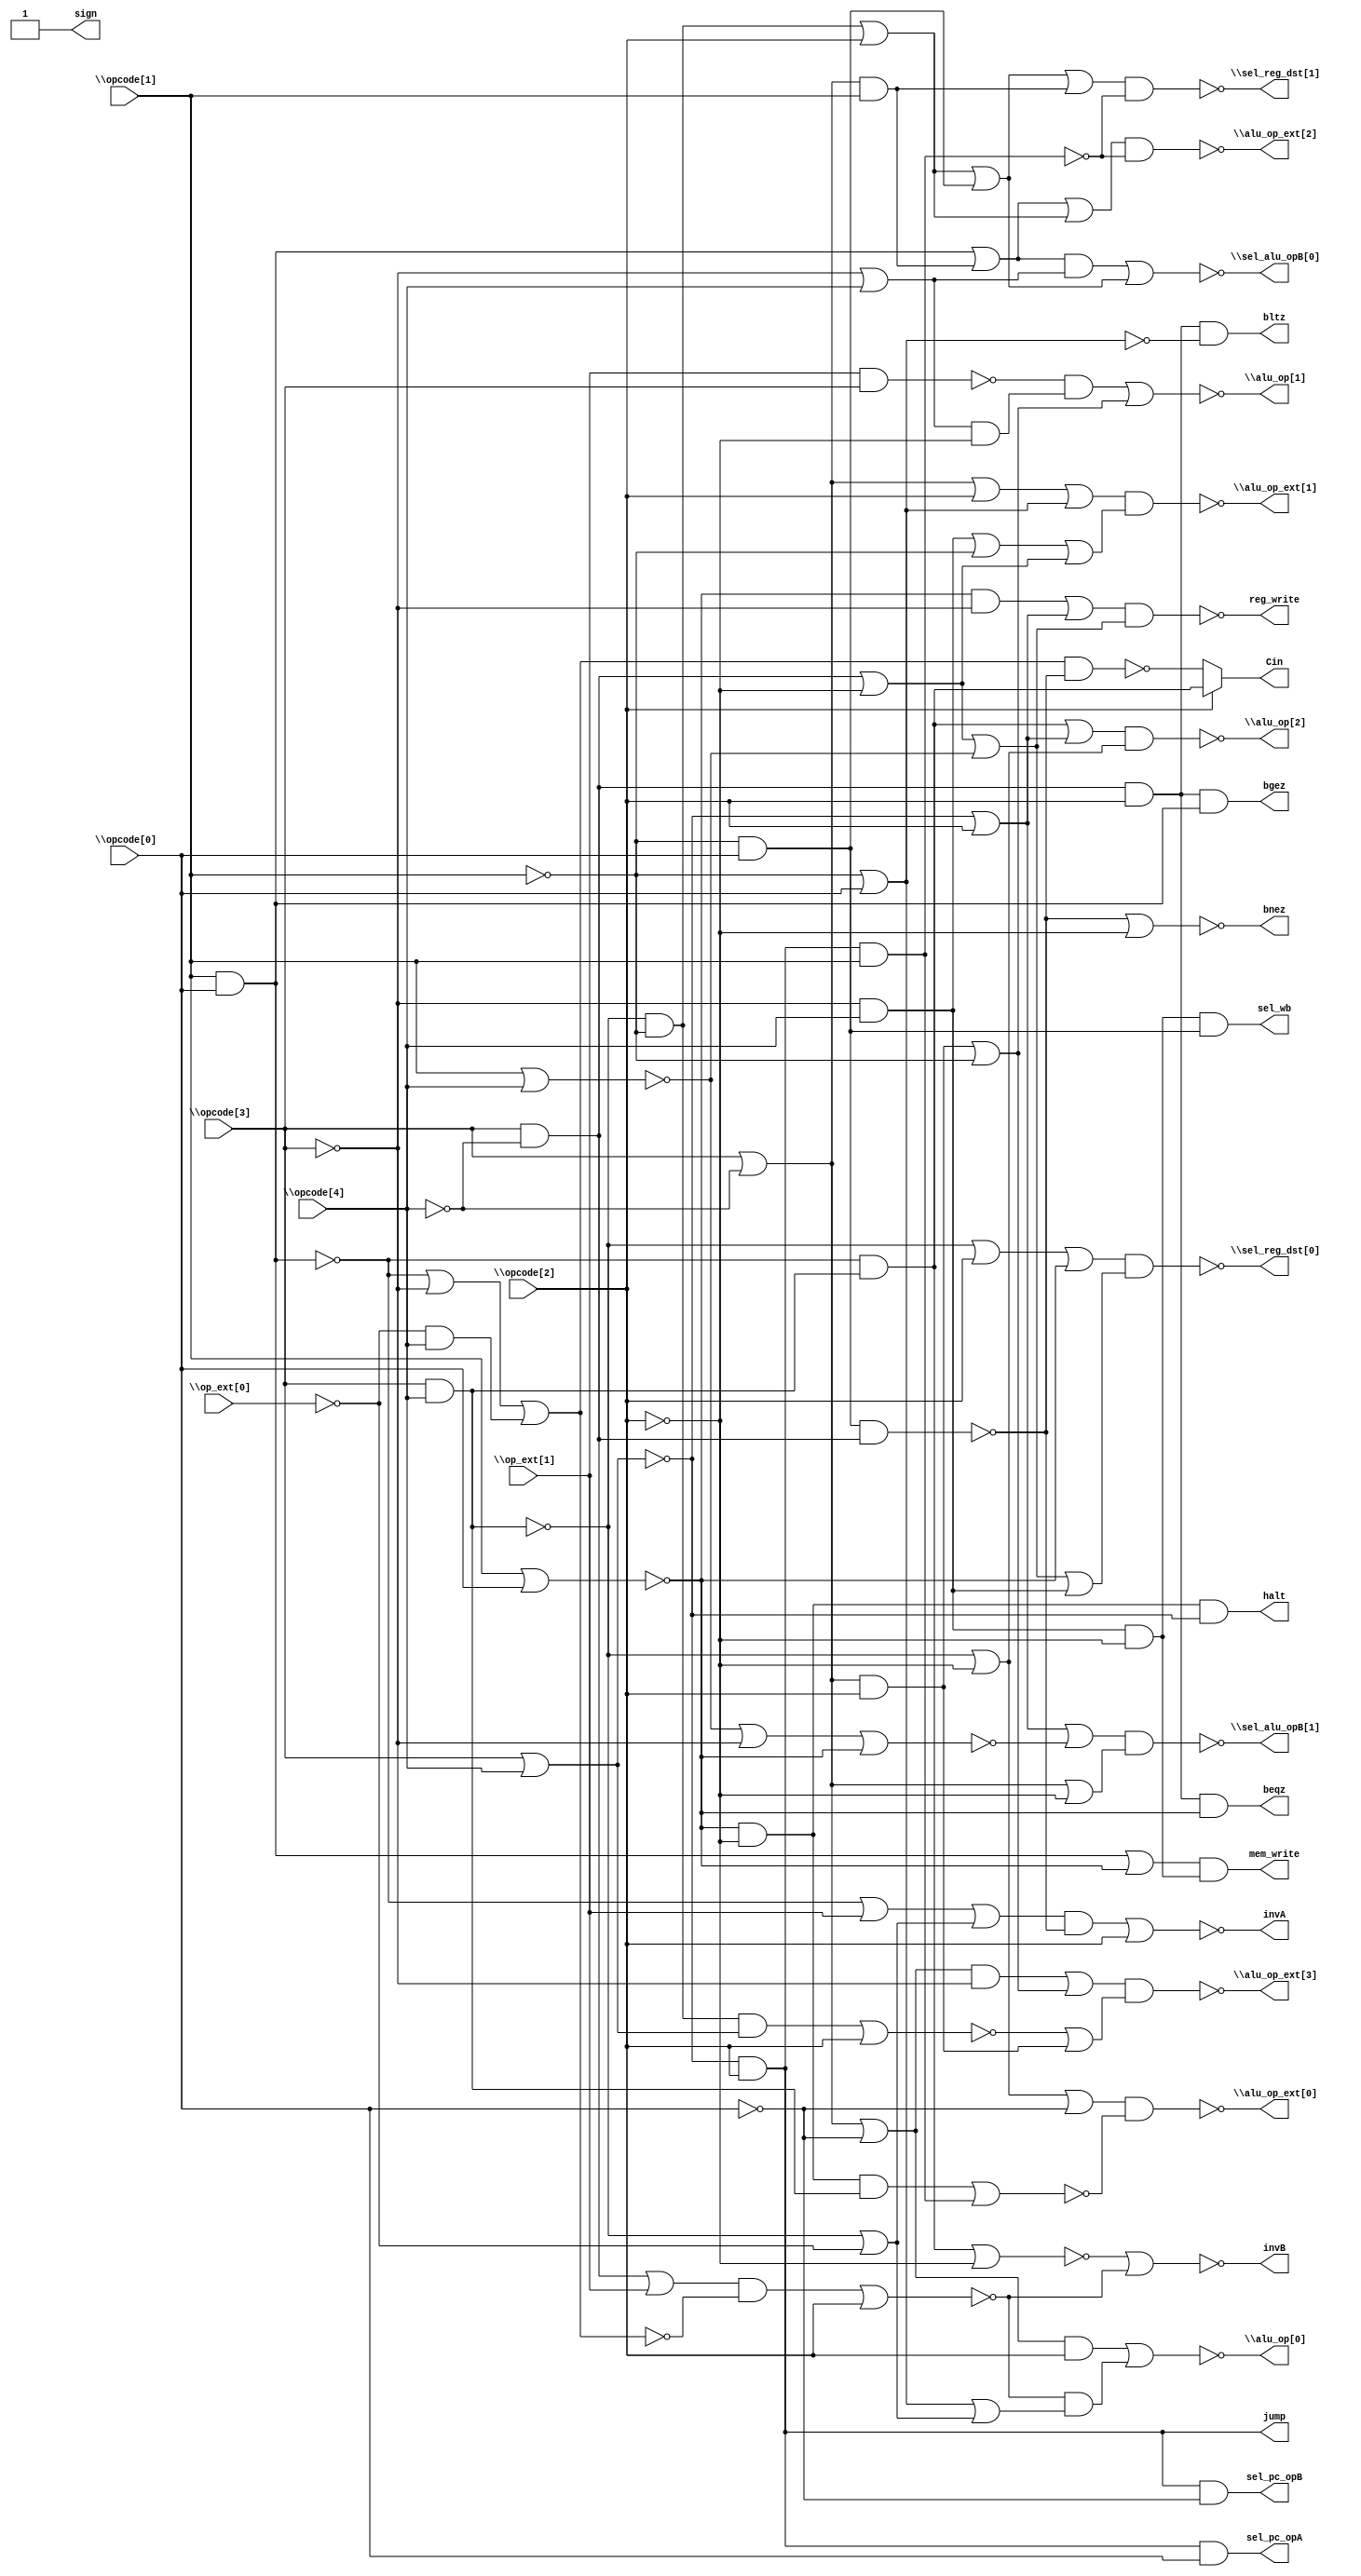
/* Generated by Yosys 0.7 (git sha1 61f6811, gcc 5.4.0-6ubuntu1~16.04.4 -O2 -fstack-protector-strong -fPIC -Os) */

(* top =  1  *)
(* src = "input/ctrl.v:1" *)
module top(\opcode[0] , \opcode[1] , \opcode[2] , \opcode[3] , \opcode[4] , \op_ext[0] , \op_ext[1] , \sel_reg_dst[0] , \sel_reg_dst[1] , \sel_alu_opB[0] , \sel_alu_opB[1] , \alu_op[0] , \alu_op[1] , \alu_op[2] , \alu_op_ext[0] , \alu_op_ext[1] , \alu_op_ext[2] , \alu_op_ext[3] , halt, reg_write, sel_pc_opA, sel_pc_opB, beqz, bnez, bgez, bltz, jump, Cin, invA, invB, sign, mem_write, sel_wb);
  wire _000_;
  wire _001_;
  wire _002_;
  wire _003_;
  wire _004_;
  wire _005_;
  wire _006_;
  wire _007_;
  wire _008_;
  wire _009_;
  wire _010_;
  wire _011_;
  wire _012_;
  wire _013_;
  wire _014_;
  wire _015_;
  wire _016_;
  wire _017_;
  wire _018_;
  wire _019_;
  wire _020_;
  wire _021_;
  wire _022_;
  wire _023_;
  wire _024_;
  wire _025_;
  wire _026_;
  wire _027_;
  wire _028_;
  wire _029_;
  wire _030_;
  wire _031_;
  wire _032_;
  wire _033_;
  wire _034_;
  wire _035_;
  wire _036_;
  wire _037_;
  wire _038_;
  wire _039_;
  wire _040_;
  wire _041_;
  wire _042_;
  wire _043_;
  wire _044_;
  wire _045_;
  wire _046_;
  wire _047_;
  wire _048_;
  wire _049_;
  wire _050_;
  wire _051_;
  wire _052_;
  wire _053_;
  wire _054_;
  wire _055_;
  wire _056_;
  wire _057_;
  wire _058_;
  wire _059_;
  wire _060_;
  wire _061_;
  (* src = "input/ctrl.v:11" *)
  output Cin;
  (* src = "input/ctrl.v:11" *)
  output \alu_op[0] ;
  (* src = "input/ctrl.v:11" *)
  output \alu_op[1] ;
  (* src = "input/ctrl.v:11" *)
  output \alu_op[2] ;
  (* src = "input/ctrl.v:11" *)
  output \alu_op_ext[0] ;
  (* src = "input/ctrl.v:11" *)
  output \alu_op_ext[1] ;
  (* src = "input/ctrl.v:11" *)
  output \alu_op_ext[2] ;
  (* src = "input/ctrl.v:11" *)
  output \alu_op_ext[3] ;
  (* src = "input/ctrl.v:11" *)
  output beqz;
  (* src = "input/ctrl.v:11" *)
  output bgez;
  (* src = "input/ctrl.v:11" *)
  output bltz;
  (* src = "input/ctrl.v:11" *)
  output bnez;
  (* src = "input/ctrl.v:11" *)
  output halt;
  (* src = "input/ctrl.v:11" *)
  output invA;
  (* src = "input/ctrl.v:11" *)
  output invB;
  (* src = "input/ctrl.v:11" *)
  output jump;
  (* src = "input/ctrl.v:11" *)
  output mem_write;
  (* src = "input/ctrl.v:9" *)
  input \op_ext[0] ;
  (* src = "input/ctrl.v:9" *)
  input \op_ext[1] ;
  (* src = "input/ctrl.v:9" *)
  input \opcode[0] ;
  (* src = "input/ctrl.v:9" *)
  input \opcode[1] ;
  (* src = "input/ctrl.v:9" *)
  input \opcode[2] ;
  (* src = "input/ctrl.v:9" *)
  input \opcode[3] ;
  (* src = "input/ctrl.v:9" *)
  input \opcode[4] ;
  (* src = "input/ctrl.v:11" *)
  output reg_write;
  (* src = "input/ctrl.v:11" *)
  output \sel_alu_opB[0] ;
  (* src = "input/ctrl.v:11" *)
  output \sel_alu_opB[1] ;
  (* src = "input/ctrl.v:11" *)
  output sel_pc_opA;
  (* src = "input/ctrl.v:11" *)
  output sel_pc_opB;
  (* src = "input/ctrl.v:11" *)
  output \sel_reg_dst[0] ;
  (* src = "input/ctrl.v:11" *)
  output \sel_reg_dst[1] ;
  (* src = "input/ctrl.v:11" *)
  output sel_wb;
  (* src = "input/ctrl.v:11" *)
  output sign;
  assign _009_ = ~\opcode[3] ;
  assign _010_ = _009_ & \opcode[4] ;
  assign _011_ = ~(\opcode[1]  | \opcode[4] );
  assign _012_ = ~\opcode[2] ;
  assign _013_ = ~\opcode[4] ;
  assign _014_ = \opcode[3]  & _013_;
  assign _015_ = _014_ | _012_;
  assign _016_ = _015_ | _011_;
  assign _017_ = ~(\opcode[1]  | \opcode[0] );
  assign _018_ = ~(\opcode[3]  & \opcode[4] );
  assign _019_ = _018_ | \opcode[2] ;
  assign \sel_reg_dst[0]  = ~((_019_ | _017_) & (_016_ | _010_));
  assign _020_ = ~(\opcode[3]  | \opcode[4] );
  assign jump = _020_ & \opcode[2] ;
  assign _021_ = ~(jump & \opcode[1] );
  assign _022_ = \opcode[3]  | _013_;
  assign _023_ = _022_ & \opcode[1] ;
  assign _024_ = ~\opcode[1] ;
  assign _025_ = _024_ & \opcode[0] ;
  assign _026_ = _018_ & _024_;
  assign _027_ = _026_ | \opcode[2] ;
  assign _028_ = _027_ | _025_;
  assign \sel_reg_dst[1]  = ~((_028_ | _023_) & _021_);
  assign _029_ = _009_ | \opcode[4] ;
  assign _030_ = ~(\opcode[1]  & \opcode[0] );
  assign _031_ = ~_030_;
  assign _032_ = _031_ | _023_;
  assign \sel_alu_opB[0]  = ~((_032_ & _029_) | _028_);
  assign _033_ = _011_ | _009_;
  assign _034_ = ~(_033_ | _017_);
  assign _035_ = _020_ | \opcode[2] ;
  assign \sel_alu_opB[1]  = ~((_035_ | _034_) & (_022_ | _012_));
  assign _036_ = ~\op_ext[0] ;
  assign _037_ = _018_ | _036_;
  assign _038_ = _024_ | \opcode[0] ;
  assign _039_ = _038_ | _037_;
  assign _040_ = _036_ & \opcode[4] ;
  assign _041_ = _030_ | _009_;
  assign _042_ = ~(_041_ | _040_);
  assign _043_ = _014_ | \op_ext[1] ;
  assign _044_ = ~((_043_ & _042_) | \opcode[2] );
  assign _045_ = ~\opcode[0] ;
  assign _046_ = _022_ | _045_;
  assign \alu_op[0]  = ~((_046_ & \opcode[2] ) | (_044_ & _039_));
  assign _047_ = _029_ & _012_;
  assign _048_ = ~(\op_ext[1]  & \opcode[3] );
  assign _049_ = _022_ & \opcode[2] ;
  assign _050_ = _049_ | _024_;
  assign \alu_op[1]  = ~((_048_ & _047_) | _050_);
  assign _051_ = \opcode[3]  & \opcode[4] ;
  assign _052_ = _030_ & _051_;
  assign \alu_op[2]  = ~((_052_ | _035_) & (_018_ | _012_));
  assign _053_ = _018_ | _012_;
  assign _054_ = _017_ & _012_;
  assign _055_ = ~((_054_ & _051_) | (jump & \opcode[1] ));
  assign \alu_op_ext[0]  = ~((_053_ | _045_) & _055_);
  assign _056_ = _010_ | _024_;
  assign _057_ = _022_ | \opcode[2] ;
  assign \alu_op_ext[1]  = ~((_057_ | _038_) & (_056_ | _015_));
  assign \alu_op_ext[2]  = ~((_032_ | _027_) & _021_);
  assign _058_ = ~_020_;
  assign _059_ = ~((_026_ & _058_) | \opcode[2] );
  assign _060_ = _046_ & _009_;
  assign \alu_op_ext[3]  = ~((_060_ | _050_) & (_059_ | _049_));
  assign halt = _054_ & _020_;
  assign _061_ = _017_ & _009_;
  assign reg_write = ~((_061_ | _035_) & _016_);
  assign sel_pc_opA = jump & \opcode[0] ;
  assign sel_pc_opB = jump & _045_;
  assign _000_ = _014_ & \opcode[2] ;
  assign beqz = _000_ & _017_;
  assign _001_ = ~(_025_ & _014_);
  assign bnez = ~(_001_ | _012_);
  assign bgez = _000_ & _031_;
  assign _002_ = ~_038_;
  assign bltz = _000_ & _002_;
  assign _003_ = ~((_041_ | _040_) & _001_);
  assign Cin = \opcode[2]  ? _052_ : _003_;
  assign _004_ = _030_ | \op_ext[1] ;
  assign _005_ = _004_ | _037_;
  assign invA = ~((_005_ & _001_) | \opcode[2] );
  assign _006_ = ~(_052_ | _012_);
  assign invB = ~(_006_ | _044_);
  assign _007_ = _010_ & _012_;
  assign _008_ = _031_ | _017_;
  assign mem_write = _008_ & _007_;
  assign sel_wb = _007_ & _025_;
  assign sign = 1'b1;
endmodule